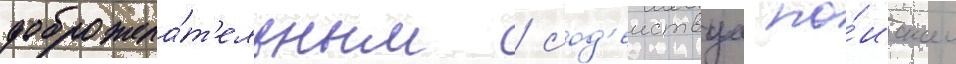
доброжела́т'ельным / сод'еиствуа по́искам